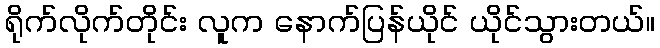
ရိုက်လိုက်တိုင်း လူက နောက်ပြန်ယိုင် ယိုင်သွားတယ်။